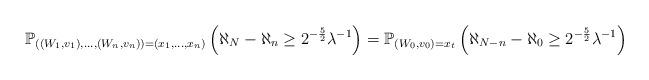
LaTeX: \begin{align*}\mathbb{P}_{((W_1,v_1),\dots, (W_n,v_n))=(x_1,\dots,x_n)}\left(\aleph_N-\aleph_n\geq 2^{-\frac{5}{2}}\lambda^{-1}\right)=\mathbb{P}_{(W_0,v_0)=x_t}\left(\aleph_{N-n}-\aleph_0\geq 2^{-\frac{5}{2}}\lambda^{-1}\right)\end{align*}